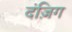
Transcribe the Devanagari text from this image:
दंज़िग